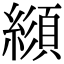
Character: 𦄼